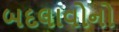
બદલાવોનો